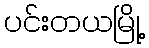
ပင်းတယမြို့